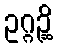
ဥဂ္ဂဉ္ဆိ